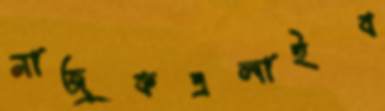
নাজুকএলাইব